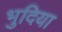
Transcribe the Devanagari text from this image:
भुदिया